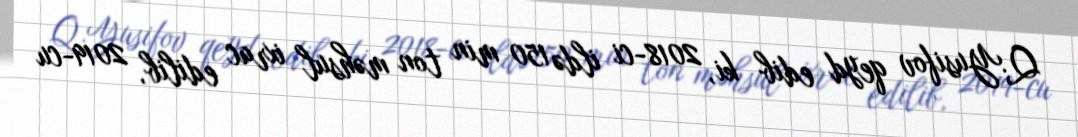
Q.Yusifov qeyd edib ki, 2018-ci ildə 150 min ton məhsul ixrac edilib, 2019-cu